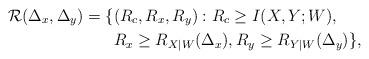
LaTeX: \begin{align*} \mathcal{R}(\Delta_x,\Delta_y)=\{ &(R_{\sc c},R_x,R_y):R_c \ge I(X,Y;W), \\&R_x \ge R_{X|W}(\Delta_x) , R_y \ge R_{Y|W}(\Delta_y) \},\end{align*}